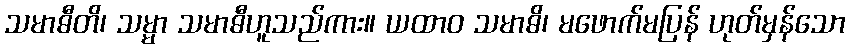
သမာဓီတိ၊ သမ္မာ သမာဓီဟူသည်ကား။ ယထာဝ သမာဓိ၊ မဖောက်မပြန် ဟုတ်မှန်သော